Indian journal of veterinary science and animal husbandry - Volume 13,
Year: 1943
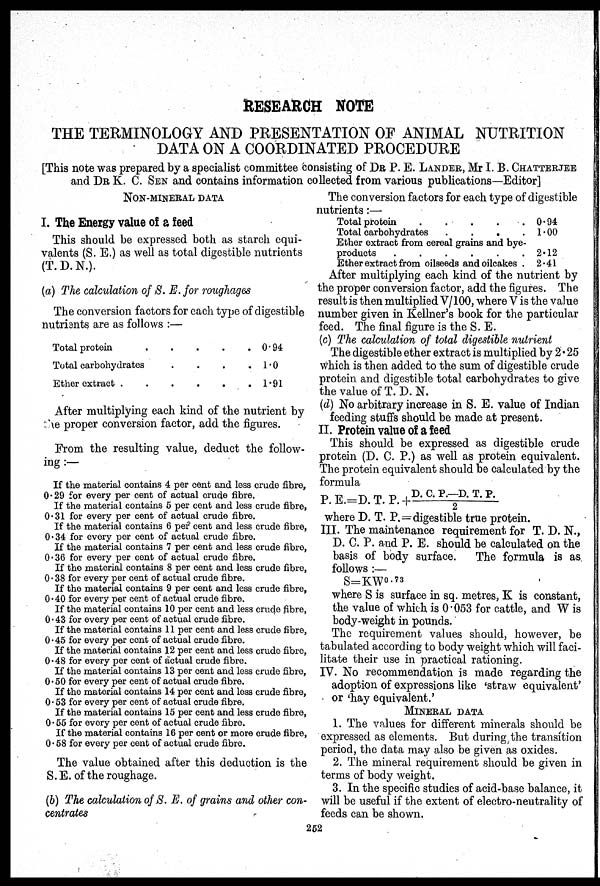
RESEARCH NOTE
THE TERMINOLOGY AND PRESENTATION OF ANIMAL NUTRITION
DATA ON A COORDINATED PROCEDURE
[This note was prepared by a specialist committee consisting of DR P. E. LANDER, Mr I. B. CHATTERJEE
and DR K. C. SEN and contains information collected from various publications—Editor]
NON-MINERAL DATA
I. The Energy value of a feed
This should be expressed both as starch equi-
valents (S. E.) as well as total digestible nutrients
(T. D. N.).
(a) The calculation of S. E. for roughages
The conversion factors for each type of digestible
nutrients are as follows :—
Total protein
.
.
.
.
.
Total carbohydrates
.
.
.
.
Ether extract .
.
.
.
.
.
0.94
1.0
1.91
After multiplying each kind of the nutrient by
the proper conversion factor, add the figures.
From the resulting value, deduct the follow-
ing :—
If the material contains 4 per cent and less crude fibre,
0.29 for every per cent of actual crude fibre.
If the material contains 5 per cent and less crude fibre,
0.31 for every per cent of actual crude fibre.
If the material contains 6 per cent and less crude fibre,
0.34 for every per cent of actual crude fibre.
If the material contains 7 per cent and less crude fibre,
0.36 for every per cent of actual crude fibre.
If the material contains 8 per cent and less crude fibre,
0.38 for every per cent of actual crude fibre.
If the material contains 9 per cent and less crude fibre,
0.40 for every per cent of actual crude fibre.
If the material contains 10 per cent and less crude fibre,
0.43 for every per cent of actual crude fibre.
If the material contains 11 per cent and less crude fibre,
0.45 for every per cent of actual crude fibre.
If the material contains 12 per cent and less crude fibre,
0.48 for every per cent of actual crude fibre.
If the material contains 13 per cent and less crude fibre,
0.50 for every per cent of actual crude fibre.
If the material contains 14 per cent and less crude fibre,
0.53 for every per cent of actual crude fibre.
If the material contains 15 per cent and less crude fibre,
0.55 for every per cent of actual crude fibre.
If the material contains 16 per cent or more crude fibre,
0.58 for every per cent of actual crude fibre.
The value obtained after this deduction is the
S. E. of the roughage.
(b) The calculation of S. E. of grains and other con-
centrates
The conversion factors for each type of digestible
nutrients:—
Total protein . . . .
Total carbohydrates
.
.
.
.
Ether extract from cereal grains and bye-
products
.
.
.
.
.
.
Ether extract from oilseeds and oilcakes .
0.94
1.00
2.12
2.41
After multiplying each kind of the nutrient by
the proper conversion factor, add the figures. The
result is then multiplied V/100, where V is the value
number given in Kellner's book for the particular
feed. The final figure is the S. E.
(c) The calculation of total digestible nutrient
The digestible ether extract is multiplied by 2.25
which is then added to the sum of digestible crude
protein and digestible total carbohydrates to give
the value of T. D. N.
(d) No arbitrary increase in S. E. value of Indian
feeding stuffs should be made at present.
II. Protein value of a feed
This should be expressed as digestible crude
protein (D. C. P.) as well as protein equivalent.
The protein equivalent should be calculated by the
formula
P. E.=D. T. P. + D. C. P.—D.T.P/2
where D. T. P.=digestible true protein.
III. The maintenance requirement for T. D. N.,
D. C. P. and P. E. should be calculated on the
basis of body surface.
The formula is as.
follows :—
S=KW 0.73
where S is surface in sq. metres, K is constant,
the value of which is 0.053 for cattle, and W is
body-weight in pounds.
The requirement values should, however, be
tabulated according to body weight which will faci-
litate their use in practical rationing.
IV. No recommendation is made regarding the
adoption of expressions like 'straw equivalent'
or 'hay equivalent.'
MINERAL DATA
1. The values for different minerals should be
expressed as elements. But during the transition
period, the data may also be given as oxides.
2. The mineral requirement should be given in
terms of body weight.
3. In the specific studies of acid-base balance, it
will be useful if the extent of electro-neutrality of
feeds can be shown.
252